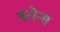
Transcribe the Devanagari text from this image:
बरोन्स